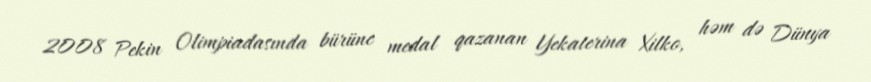
2008 Pekin Olimpiadasında bürünc medal qazanan Yekaterina Xilko, həm də Dünya